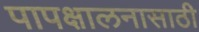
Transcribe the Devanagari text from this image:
पापक्षालनासाठी